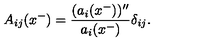
A _ { i j } ( x ^ { - } ) = \frac { ( a _ { i } ( x ^ { - } ) ) ^ { \prime \prime } } { a _ { i } ( x ^ { - } ) } \delta _ { i j } .